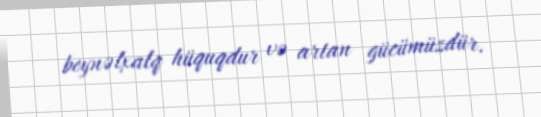
beynəlxalq hüquqdur və artan gücümüzdür.